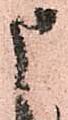
申